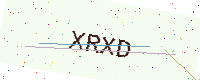
Text: XRXD